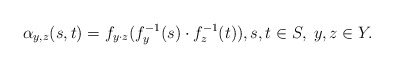
\begin{align*}\alpha_{y,z}(s,t)=f_{y\cdot z}(f^{-1}_y(s)\cdot f^{-1}_{z}(t)),s,t\in S,\;y,z\in Y. \end{align*}